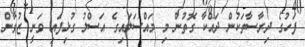
ފަހުގެ ދިރާސާތަކުން ދައްކާ ގޮތުން މި މައްސަލައިގެ އަސްލު ގުޅިފައި ވަނީ ޒުވާން